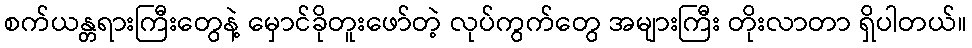
စက်ယန္တရားကြီးတွေနဲ့ မှောင်ခိုတူးဖော်တဲ့ လုပ်ကွက်တွေ အများကြီး တိုးလာတာ ရှိပါတယ်။